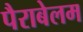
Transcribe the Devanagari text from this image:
पैराबेलम